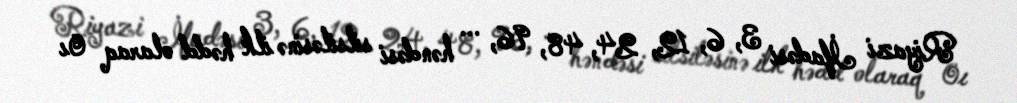
Riyazi İfadəsi 3, 6, 12, 24, 48, 96, ... həndəsi silsiləsinə ilk hədd olaraq 0ı